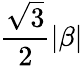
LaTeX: {\frac{\sqrt{3}}{2}}|\beta|